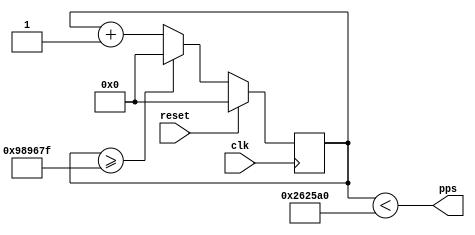
//
// Copyright 2015 Ettus Research LLC
// Copyright 2018 Ettus Research, a National Instruments Company
//
// SPDX-License-Identifier: LGPL-3.0-or-later
//

module pps_generator #(
   parameter CLK_FREQ   = 32'd10_000_000, //Min:10kHz, Max:4GHz
   parameter DUTY_CYCLE = 25,
   parameter PIPELINE   = "NONE" // Optional register on output? {"NONE", "OUT"}
) (
   input  clk,
   input  reset,
   output pps
);
    reg [31:0] count = 32'h0;

    always @(posedge clk) begin
        if (reset) begin
            count <= 32'd0;
        end else if (count >= CLK_FREQ - 1) begin
            count <= 32'd0;
        end else begin
            count <= count + 32'd1;
        end
    end

    wire pps_int;
    assign pps_int = (count < ((CLK_FREQ / 100) * DUTY_CYCLE));

    generate
      if (PIPELINE == "OUT") begin : gen_pipeline_out
        // create output register and assign to output
        reg pps_reg = 1'b0;
        assign pps = pps_reg;

        always @(posedge clk) begin
          if (reset) begin
            pps_reg <= 1'b0;
          end else begin
            pps_reg <= pps_int;
          end
        end
      end else begin : gen_pipeline_none
        // no output register
        assign pps = pps_int;
      end
    endgenerate
endmodule //pps_generator